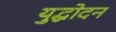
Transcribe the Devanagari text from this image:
युद्धोदन